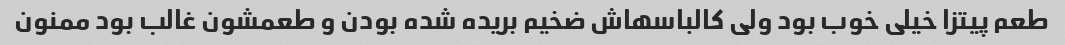
طعم پیتزا خیلی خوب بود ولی کالباسهاش ضخیم بریده شده بودن و طعمشون غالب بود ممنون